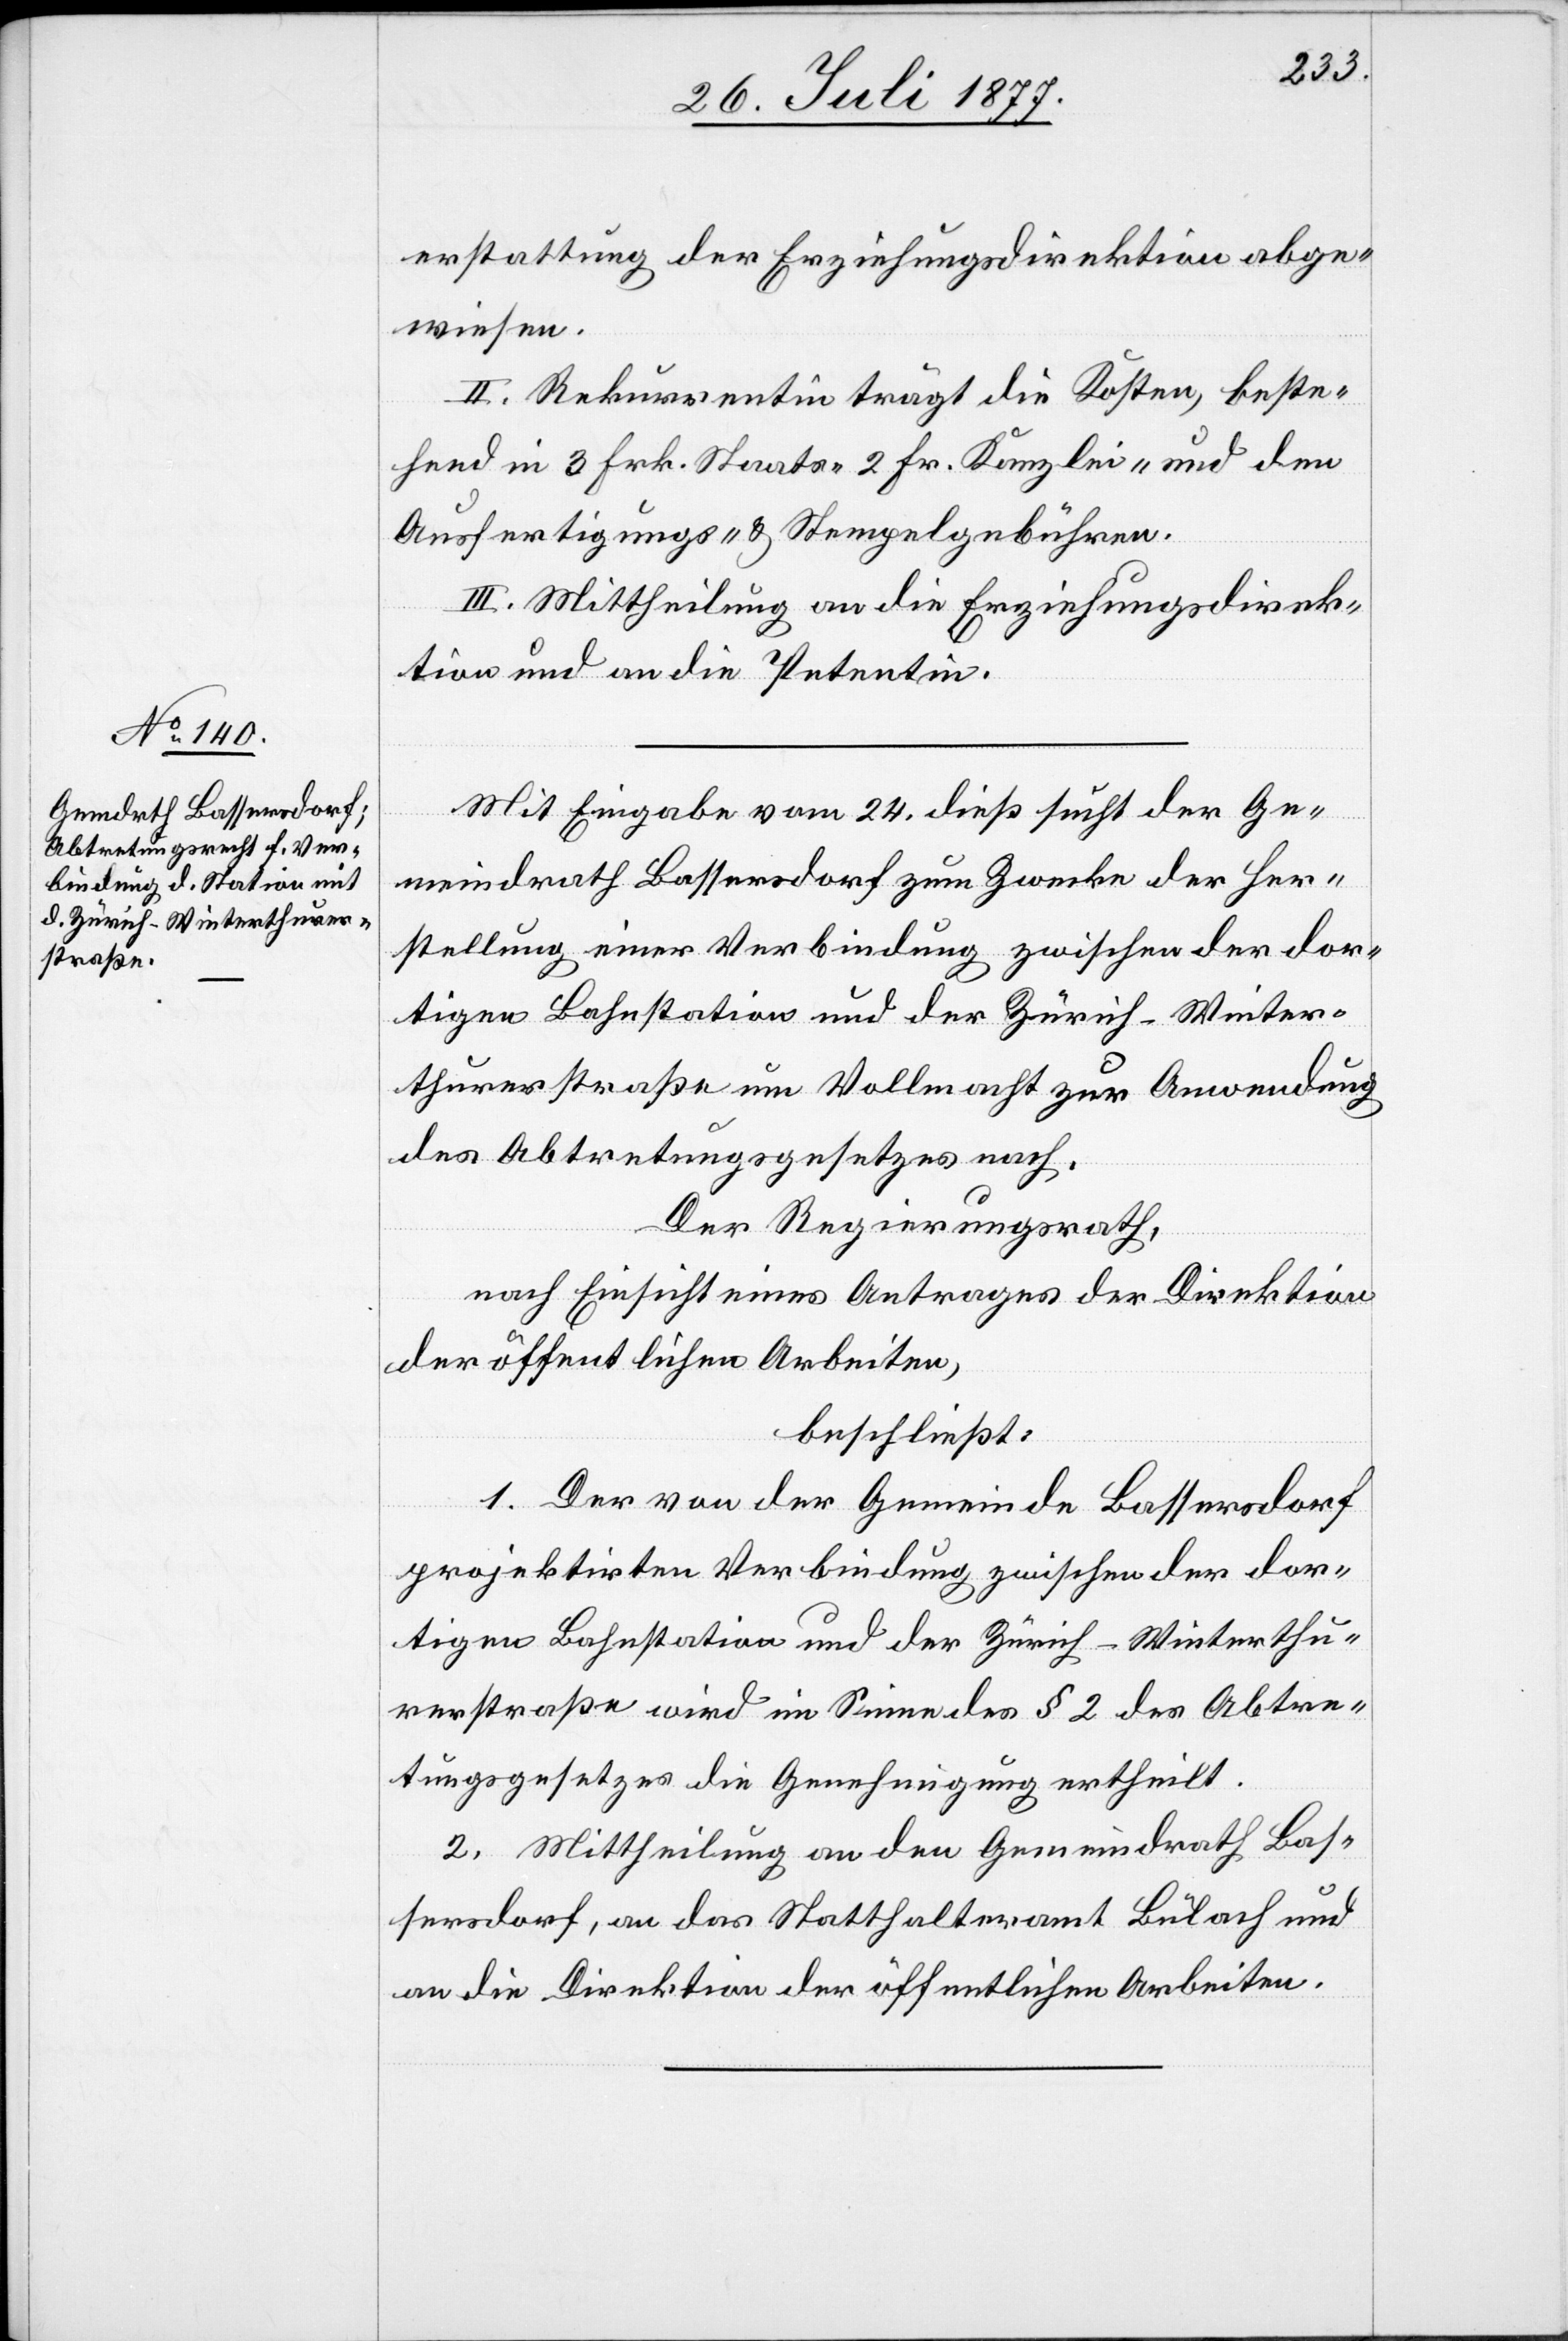
erstattung der Erziehungsdirektion abge¬
wiesen.
II. Rekurrentin trägt die Kosten, beste¬
hend in 3 Frk. Staats-[,] 2 Fr. Kanzlei- und den
Ausfertigungs- & Stempelgebühren.
III. Mittheilung an die Erziehungsdirek¬
tion und an die Petentin.
Mit Eingabe vom 24. dieß sucht der Ge¬
meindrath Bassersdorf zum Zwecke der Her¬
stellung einer Verbindung zwischen der dor¬
tigen Bahnstation und der Zürich–Winter¬
thurerstraße um Vollmacht zur Anwendung
des Abtretungsgesetzes nach.
Der Regierungsrath,
nach Einsicht eines Antrages der Direktion
der öffentlichen Arbeiten,
beschließt:
1. Der von der Gemeinde Bassersdorf
projektirten Verbindung zwischen der dor¬
tigen Bahnstation und der Zürich–Winterthu¬
rerstraße wird im Sinne des § 2 des Abtre¬
tungsgesetzes die Genehmigung ertheilt.
2. Mittheilung an den Gemeindrath Bas¬
sersdorf, an das Statthalteramt Bülach und
an die Direktion der öffentlichen Arbeiten.